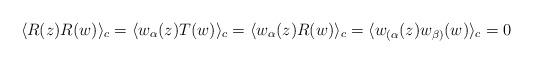
LaTeX: \begin{align*}\langle R(z) R(w)\rangle_c=\langle w_{\alpha}(z) T(w)\rangle_c=\langle w_{\alpha}(z) R(w)\rangle_c=\langle w_{(\alpha}(z) w_{\beta)}(w)\rangle_c=0\end{align*}